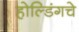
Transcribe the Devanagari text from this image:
होल्डिंगचे